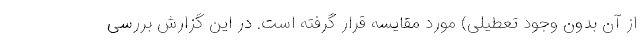
از آن بدون وجود تعطیلی) مورد مقایسه قرار گرفته است. در این گزارش بررسی